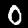
Digit: 0